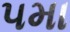
૫મા